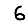
Digit: 6